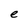
Character: e